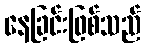
နေခြင်းဖြစ်သည်